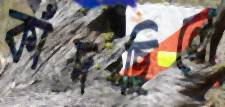
কাঁদছিলে